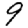
Digit: 9